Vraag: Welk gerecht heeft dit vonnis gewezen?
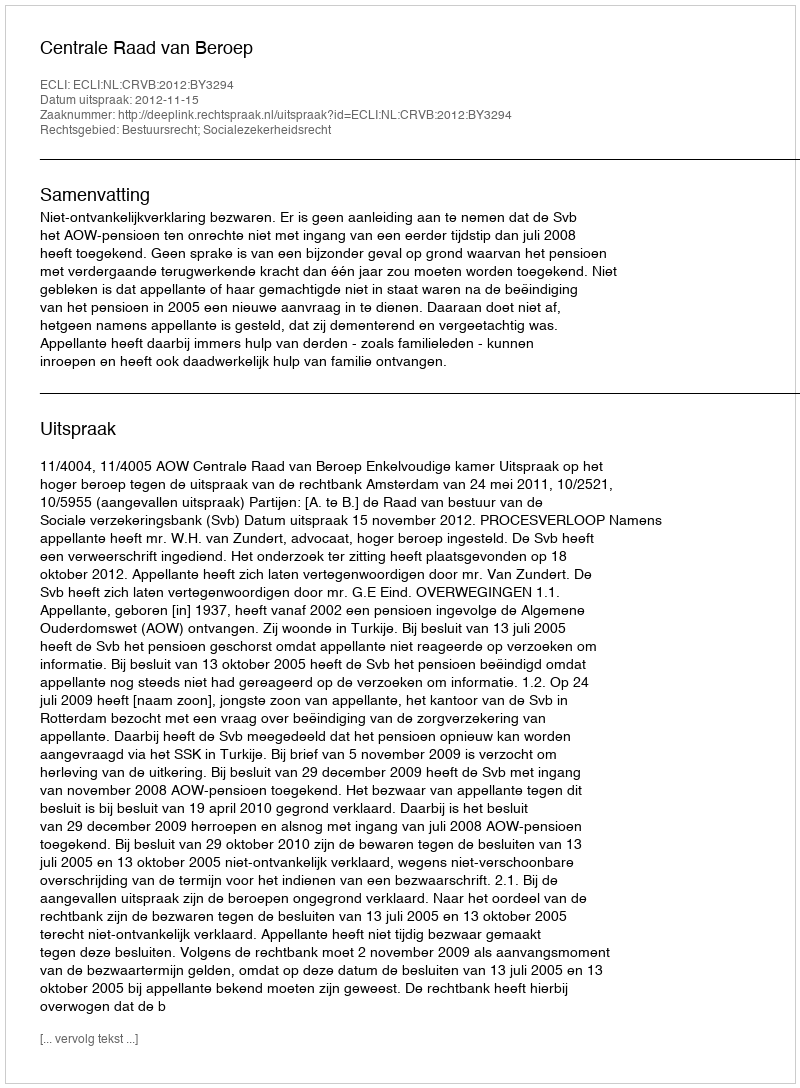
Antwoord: Centrale Raad van Beroep